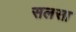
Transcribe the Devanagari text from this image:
सलसा